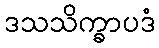
ဒသသိက္ခာပဒံ